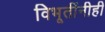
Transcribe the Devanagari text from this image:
विभूतींनीही